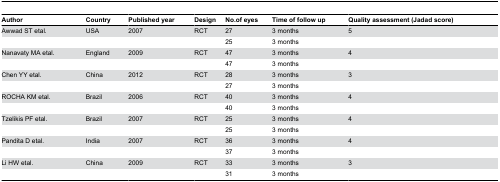
| Author | Country | Published year | Design | No.of eyes | Time of follow up | Quality assessment (Jadad score) |
 | --- | --- | --- | --- | --- | --- | --- |
 | Awwad ST etal. | USA | 2007 | RCT | 27 | 3 months | 5 |
 |  |  |  |  | 25 | 3 months |  |
 | Nanavaty MA etal. | England | 2009 | RCT | 47 | 3 months | 4 |
 |  |  |  |  | 47 | 3 months |  |
 | Chen YY etal. | China | 2012 | RCT | 28 | 3 months | 3 |
 |  |  |  |  | 27 | 3 months |  |
 | ROCHA KM etal. | Brazil | 2006 | RCT | 40 | 3 months | 4 |
 |  |  |  |  | 40 | 3 months |  |
 | Tzelikis PF etal. | Brazil | 2007 | RCT | 25 | 3 months | 4 |
 |  |  |  |  | 25 | 3 months |  |
 | Pandita D etal. | India | 2007 | RCT | 36 | 3 months | 4 |
 |  |  |  |  | 37 | 3 months |  |
 | Li HW etal. | China | 2009 | RCT | 33 | 3 months | 3 |
 |  |  |  |  | 31 | 3 months |  |